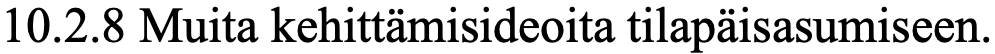
10.2.8 Muita kehittämisideoita tilapäisasumiseen.